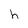
Character: h